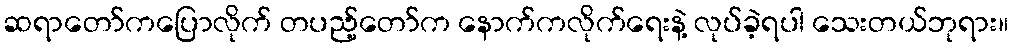
ဆရာတော်ကပြောလိုက် တပည့်တော်က နောက်ကလိုက်ရေးနဲ့ လုပ်ခဲ့ရပါ သေးတယ်ဘုရား။